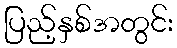
ပြည့်နှစ်အတွင်း